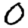
Digit: 0